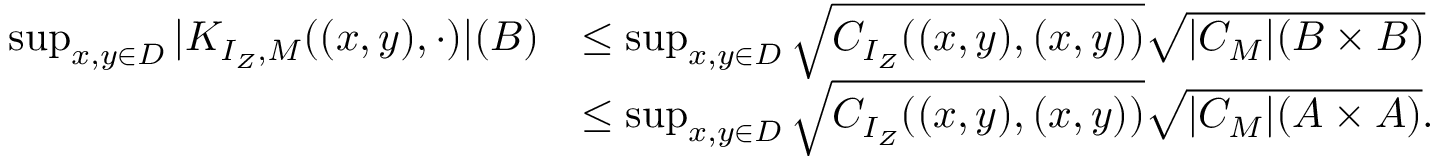
\begin{array} { r l } { \operatorname* { s u p } _ { x , y \in D } | K _ { I _ { Z } , M } ( ( x , y ) , \cdot ) | ( B ) } & { \leq \operatorname* { s u p } _ { x , y \in D } \sqrt { C _ { I _ { Z } } ( ( x , y ) , ( x , y ) ) } \sqrt { | C _ { M } | ( B \times B ) } } \\ & { \leq \operatorname* { s u p } _ { x , y \in D } \sqrt { C _ { I _ { Z } } ( ( x , y ) , ( x , y ) ) } \sqrt { | C _ { M } | ( A \times A ) } . } \end{array}